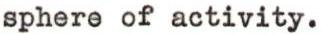
sphere of activity.